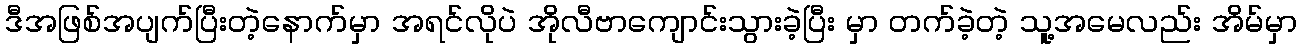
ဒီအဖြစ်အပျက်ပြီးတဲ့နောက်မှာ အရင်လိုပဲ အိုလီဗာကျောင်းသွားခဲ့ပြီး မှာ တက်ခဲ့တဲ့ သူ့အမေလည်း အိမ်မှာ